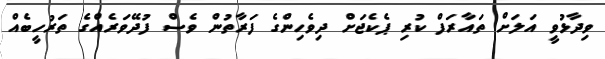
ވިދާޅުވީ އަލަށް ތައާރަފް ކުރި ޕެކެޖަށް ދިވެހިންގެ ފަރާތުން ވެސް ފުދޭވަރެއްގެ ތަރުހީބެއް